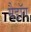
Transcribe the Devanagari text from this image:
मैडॉग